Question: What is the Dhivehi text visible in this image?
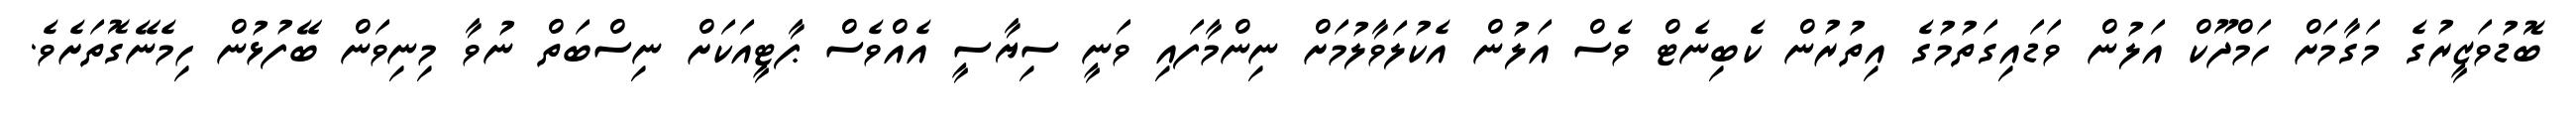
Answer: ބޮޑުވަޒީރުގެ މަގާމަށް ހަމްދޫކް އަލުން ވަޑައިގަތުމުގެ އިތުރުން ކެބިނެޓް ވެސް އަލުން އެކުލަވާލުމަށް ނިންމާފައި ވަނީ ސިޔާސީ އެއްވެސް ޕާޓީއަކަށް ނިސްބަތް ނުވާ މިނިވަން ބޭފުޅުން ހިމެނޭގޮތަށެވެ.